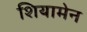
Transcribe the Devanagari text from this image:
शियामेन